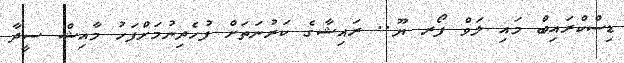
ޑިސްކްރައިބް މައި ލަވް ފޯރ ޔޫ.. ރައިޝާގެ ކަރުނަތަށް ފުހެދިނުމަށްފަހު މާއިޝް ސީދާ